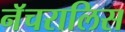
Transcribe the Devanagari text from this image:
नॅचरालिस